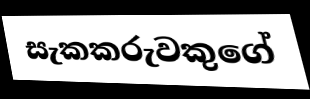
සැකකරුවකුගේ